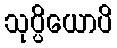
သုပ္ပိယောပိ